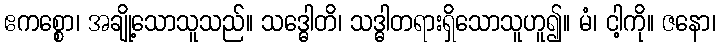
ဧကစ္စော၊ အချို့သောသူသည်။ သဒ္ဓေါတိ၊ သဒ္ဓါတရားရှိသောသူဟူ၍။ မံ၊ ငါ့ကို။ ဇနော၊